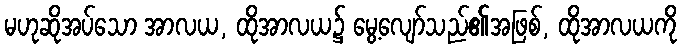
မဟုဆိုအပ်သော အာလယ, ထိုအာလယ၌ မွေ့လျော်သည်၏အဖြစ်, ထိုအာလယကို